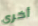
أخرى